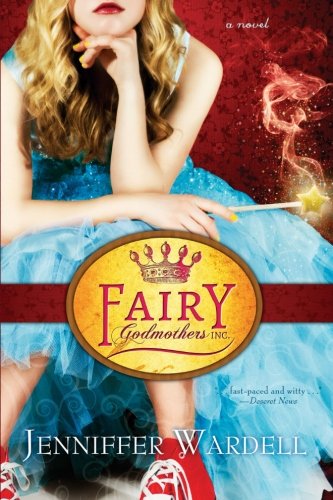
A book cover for Fairy Godmothers Inc.; Jenniffer Wardell; Literature & Fiction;